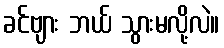
ခင်ဗျား ဘယ် သွားမလို့လဲ။